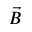
\vec { B }